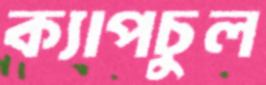
ক্যাপচুল